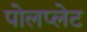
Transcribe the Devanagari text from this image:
पोलप्लेट